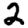
Digit: 2